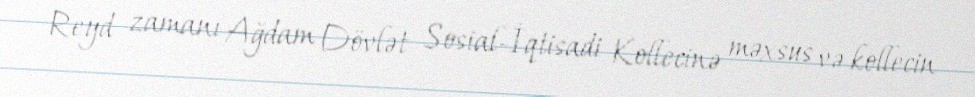
Reyd zamanı Ağdam Dövlət Sosial-İqtisadi Kollecinə məxsus və kollecin